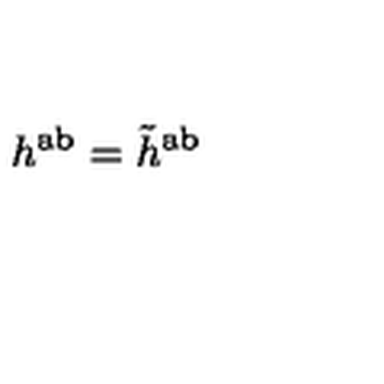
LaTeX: h ^ { \mathrm { a b } } = \tilde { h } ^ { \mathrm { a b } }